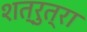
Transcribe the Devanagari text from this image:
शत्रुत्रा